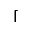
\lceil